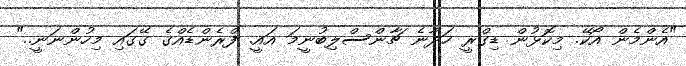
"އެންމެން އޯކޭ. މިކޮޅުން ޑިގްރީ ހަދާނެ ޗާންސްލިބުނީމަ އައީ. ފްރެންޑެއްގެ ގޭގައި މިހުންނަނީ.."